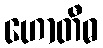
ဟောတီဓ